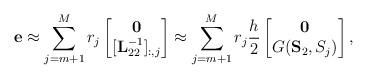
LaTeX: \begin{align*} \mathbf e \approx \sum_{j=m+1}^M r_j \begin{bmatrix} \mathbf 0\\ [\mathbf L_{22}^{-1}]_{:,j} \end{bmatrix} \approx \sum_{j=m+1}^M r_j \frac{h}{2} \begin{bmatrix} \mathbf 0\\ G(\mathbf S_2, S_j) \end{bmatrix},\end{align*}